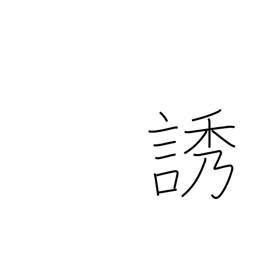
Meaning: call for